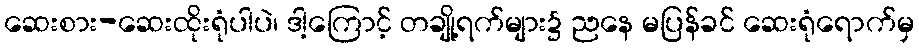
ဆေးစား-ဆေးထိုးရုံပါပဲ၊ ဒါ့ကြောင့် တချို့ရက်များ၌ ညနေ မပြန်ခင် ဆေးရုံရောက်မှ